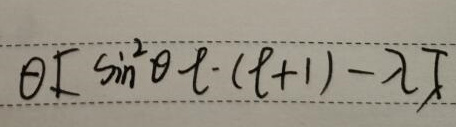
$\theta[\sin^{2}\theta\ell\cdot(\ell + 1)-\lambda]$